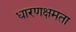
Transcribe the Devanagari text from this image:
धारणक्षमता